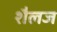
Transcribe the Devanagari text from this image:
शैलज